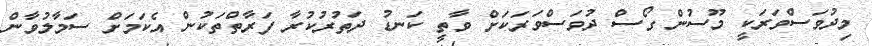
މިދުވަސްވަރަކީ މޫސުން ގޯސް ދުވަސްވަރަކަށް ވާތީ ކަނޑު ދަތުރުކުރާ ފަރާތްތަކުން އެކަމަށް ސަމާލުވާން